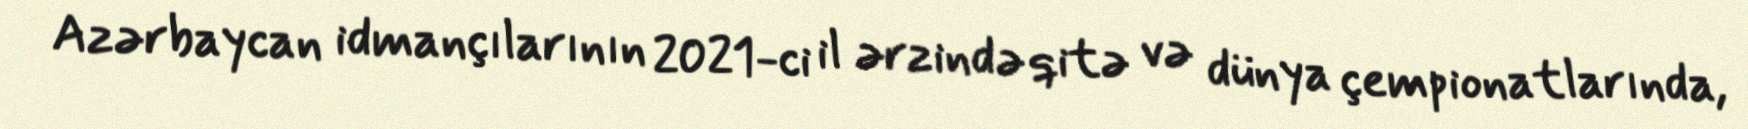
Azərbaycan idmançılarının 2021-ci il ərzində qitə və dünya çempionatlarında,